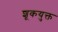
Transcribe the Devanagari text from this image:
शूकयुक्त